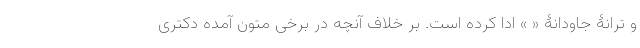
و ترانۀ جاودانۀ « » ادا کرده است. بر خلاف آنچه در برخی متون آمده دکتری